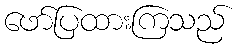
ဖော်ပြထားကြသည်